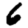
Digit: 6